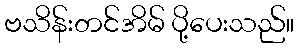
ဗသိန်းတင်အိမ် ပို့ပေးသည်။